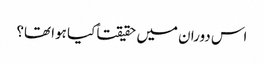
اس دوران میں حقیقتاً کیا ہوا تھا؟